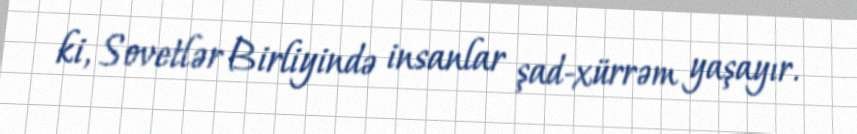
ki, Sovetlər Birliyində insanlar şad-xürrəm yaşayır.